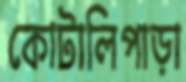
কোটালিপাড়া